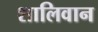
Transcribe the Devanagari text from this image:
शालिवान